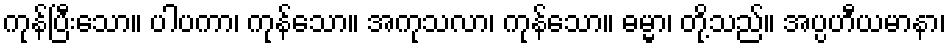
ကုန်ပြီးသော။ ပါပကာ၊ ကုန်သော။ အကုသလာ၊ ကုန်သော။ ဓမ္မာ၊ တို့သည်။ အပ္ပဟီယမာနာ၊